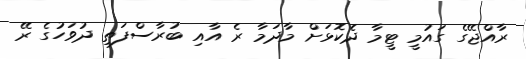
ރާއްޖޭގެ ގައުމީ ޓީމާ ދެކޮޅަށް މާދަމާ ރެ އާއި ބުރާސްފަތި ދުވަހުގެ ރޭ